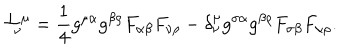
{ \cal T } _ { \nu } ^ { \mu } = \frac { 1 } { 4 } g ^ { \mu \alpha } g ^ { \beta \rho } F _ { \alpha \beta } F _ { \nu \rho } - \delta _ { \nu } ^ { \mu } g ^ { \sigma \alpha } g ^ { \beta \rho } F _ { \sigma \beta } F _ { \alpha \rho } .